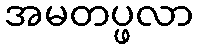
အမတပ္ဖလာ